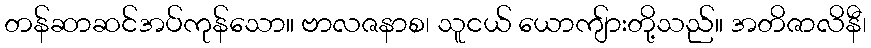
တန်ဆာဆင်အပ်ကုန်သော။ ဗာလဇနာစ၊ သူငယ် ယောကျ်ားတို့သည်။ အတိဇာလိနီ၊